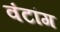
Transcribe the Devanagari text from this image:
वंटांग